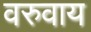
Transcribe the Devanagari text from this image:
वरुवाय